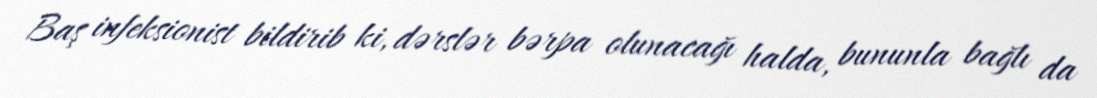
Baş infeksionist bildirib ki, dərslər bərpa olunacağı halda, bununla bağlı da